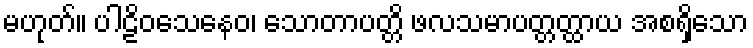
မဟုတ်။ ပါဠိဝသေနေဝ၊ သောတာပတ္တိ ဖလသမာပတ္တတ္ထာယ အစရှိသော